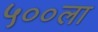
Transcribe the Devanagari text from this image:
५००ला